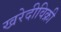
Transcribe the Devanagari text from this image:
खरेदीविक्री